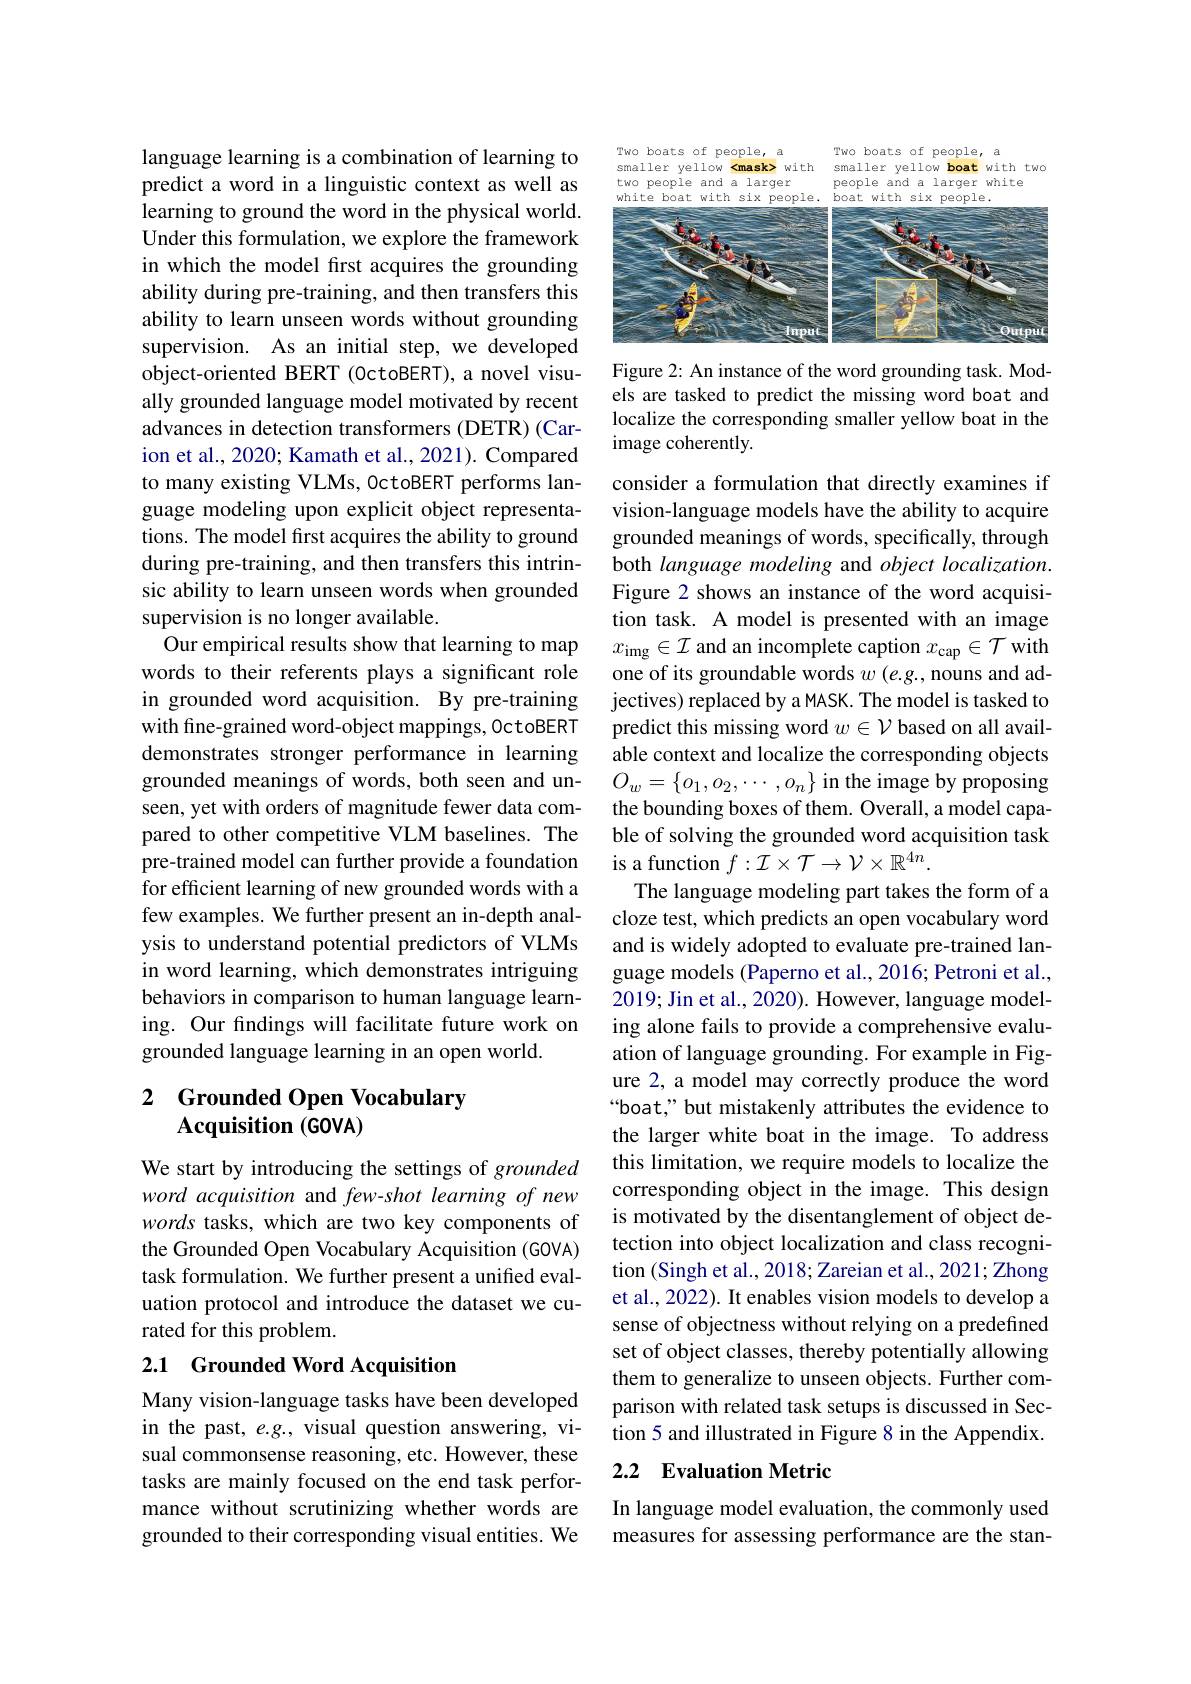
language learning is a combination of learning to predict a word in a linguistic context as well as learning to ground the word in the physical world. Under this formulation, we explore the framework in which the model first acquires the grounding ability during pre-training, and then transfers this ability to learn unseen words without grounding supervision. As an initial step, we developed object-oriented BERT (0ctoBERT), a novel visually grounded language model motivated by recent advances in detection transformers (DETR) (Carion et al., 2020; Kamath et al., 2021). Compared to many existing VLMs, OctoBERT performs language modeling upon explicit object representations. The model first acquires the ability to ground during pre-training, and then transfers this intrinsic ability to learn unseen words when grounded supervision is no longer available.
Our empirical results show that learning to map words to their referents plays a significant role in grounded word acquisition. By pre-training with fine-grained word-object mappings, OctoBERT demonstrates stronger performance in learning grounded meanings of words, both seen and unseen, yet with orders of magnitude fewer data compared to other competitive VLM baselines. The pre-trained model can further provide a foundation for efficient learning of new grounded words with a few examples. We further present an in-depth analysis to understand potential predictors of VLMs in word learning, which demonstrates intriguing behaviors in comparison to human language learning. Our findings will facilitate future work on grounded language learning in an open world.

## 2 Grounded Open Vocabulary $\textbf{Acquisition ( GOVA) }$

We start by introducing the settings of grounded word acquisition and few-shot learning of new words tasks, which are two key components of the Grounded Open Vocabulary Acquisition (GOVA) task formulation. We further present a unified evaluation protocol and introduce the dataset we curated for this problem.

## 2.1 Grounded Word Acquisition

Many vision-language tasks have been developed in the past, e.g., visual question answering, visual commonsense reasoning, etc. However, these tasks are mainly focused on the end task performance without scrutinizing whether words are grounded to their corresponding visual entities. We

Two boats of people,

Two boats of people, a
smaller yellow <mask> with smaller yellow boat with two two people and a larger people and a larger white white boat with six people. boat with six people.

<FigureHere>

Figure 2: An instance of the word grounding task. Models are tasked to predict the missing word boat and localize the corresponding smaller yellow boat in the image coherently.

consider a formulation that directly examines if vision-language models have the ability to acquire grounded meanings of words, specifically, through both language modeling and object localization. Figure 2 shows an instance of the word acquisition task. A model is presented with an image $x_{\mathrm{img}}\in \mathcal{I}$ and an incomplete caption $x_\mathrm{cap}\in \mathcal{T}$ with one of its groundable words $w$ (e.g., nouns and adjectives) replaced by a MASK. The model is tasked to predict this missing word $w\in\mathcal{V}$ based on all available context and localize the corresponding objects $O_w=\begin{Bmatrix}o_1,o_2,\cdots,o_n\end{Bmatrix}$in the image by proposing the bounding boxes of them. Overall, a model capable of solving the grounded word acquisition task is a function $f:\mathcal{I}\times\mathcal{T}\to\mathcal{V}\times\mathbb{R}^{4n}.$
The language modeling part takes the form of a cloze test, which predicts an open vocabulary word and is widely adopted to evaluate pre-trained language models (Paperno et al., 2016; Petroni et al., 2019; Jin et al., 2020). However, language modeling alone fails to provide a comprehensive evaluation of language grounding. For example in Figure 2, a model may correctly produce the word “boat,” but mistakenly attributes the evidence to the larger white boat in the image. To address this limitation, we require models to localize the corresponding object in the image. This design is motivated by the disentanglement of object detection into object localization and class recognition (Singh et al., 2018; Zareian et al., 2021; Zhong et al., 2022). It enables vision models to develop a sense of objectness without relying on a predefined set of object classes, thereby potentially allowing them to generalize to unseen objects. Further comparison with related task setups is discussed in Section 5 and illustrated in Figure 8 in the Appendix.

### 2.2 Evaluation Metric

In language model evaluation, the commonly used measures for assessing performance are the stan-